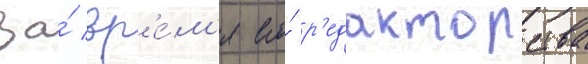
За́ вр'е́м'я его́ р'едакторства